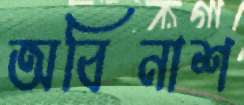
অবিনাশ